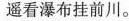
遥看瀑布挂前川。